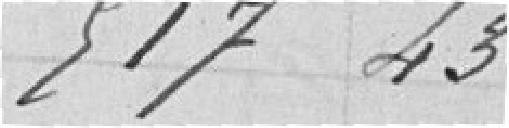
517,43